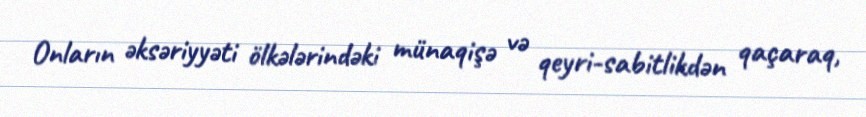
Onların əksəriyyəti ölkələrindəki münaqişə və qeyri-sabitlikdən qaçaraq,